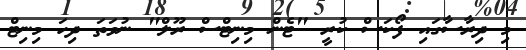
މި ދިރާސާގައި ފޯކަސް ކުރީ "ޓެން މިނިޓްސް ރޫލް" ނުވަތަ ދިހަ މިނިޓް